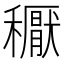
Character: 𥣘